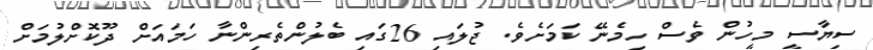
ސިޔާސީ މީހުން ވެސް ހިމެނޭ ކަމަށެވެ. ޖުލައި 26ގައި ބެލުންތެރިންނާ ހަމައަށް ދޫކޮށްލުމަށް